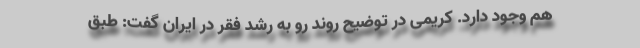
هم وجود دارد. کریمی در توضیح روند رو به رشد فقر در ایران گفت: طبق